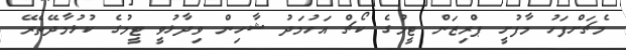
މެޗަށްފަހު މާފުށީ ޕްރިޒަން ޓީމުގެ ކޯޗް އަހުމަދު ޝާހިން ވިދާޅުވީ ޓީމުގެ ކުޅުމާދޭތެރޭ